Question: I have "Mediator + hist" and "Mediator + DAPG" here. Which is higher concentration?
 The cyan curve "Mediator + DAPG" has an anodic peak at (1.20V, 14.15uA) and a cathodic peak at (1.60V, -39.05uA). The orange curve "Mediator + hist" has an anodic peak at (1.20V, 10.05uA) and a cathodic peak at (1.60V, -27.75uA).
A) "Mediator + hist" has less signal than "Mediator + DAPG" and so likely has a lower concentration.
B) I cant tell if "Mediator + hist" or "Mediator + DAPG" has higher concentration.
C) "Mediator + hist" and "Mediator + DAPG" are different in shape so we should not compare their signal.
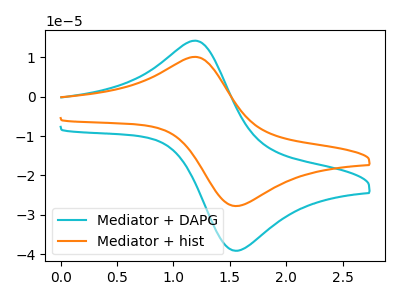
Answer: <think>All the peaks in "Mediator + hist" have a peak in "Mediator + DAPG" at the same potential. Every peak in "Mediator + hist" is lower than every peak in "Mediator + DAPG".
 </think>
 <answer>A) "Mediator + hist" has less signal than "Mediator + DAPG" and so likely has a lower concentration.</answer>
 <eval>A</eval>